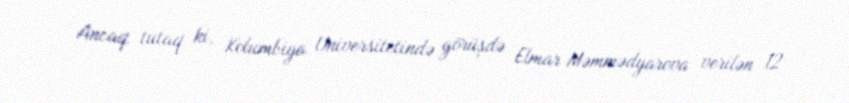
Ancaq tutaq ki, Kolumbiya Universitetində görüşdə Elmar Məmmədyarova verilən 12